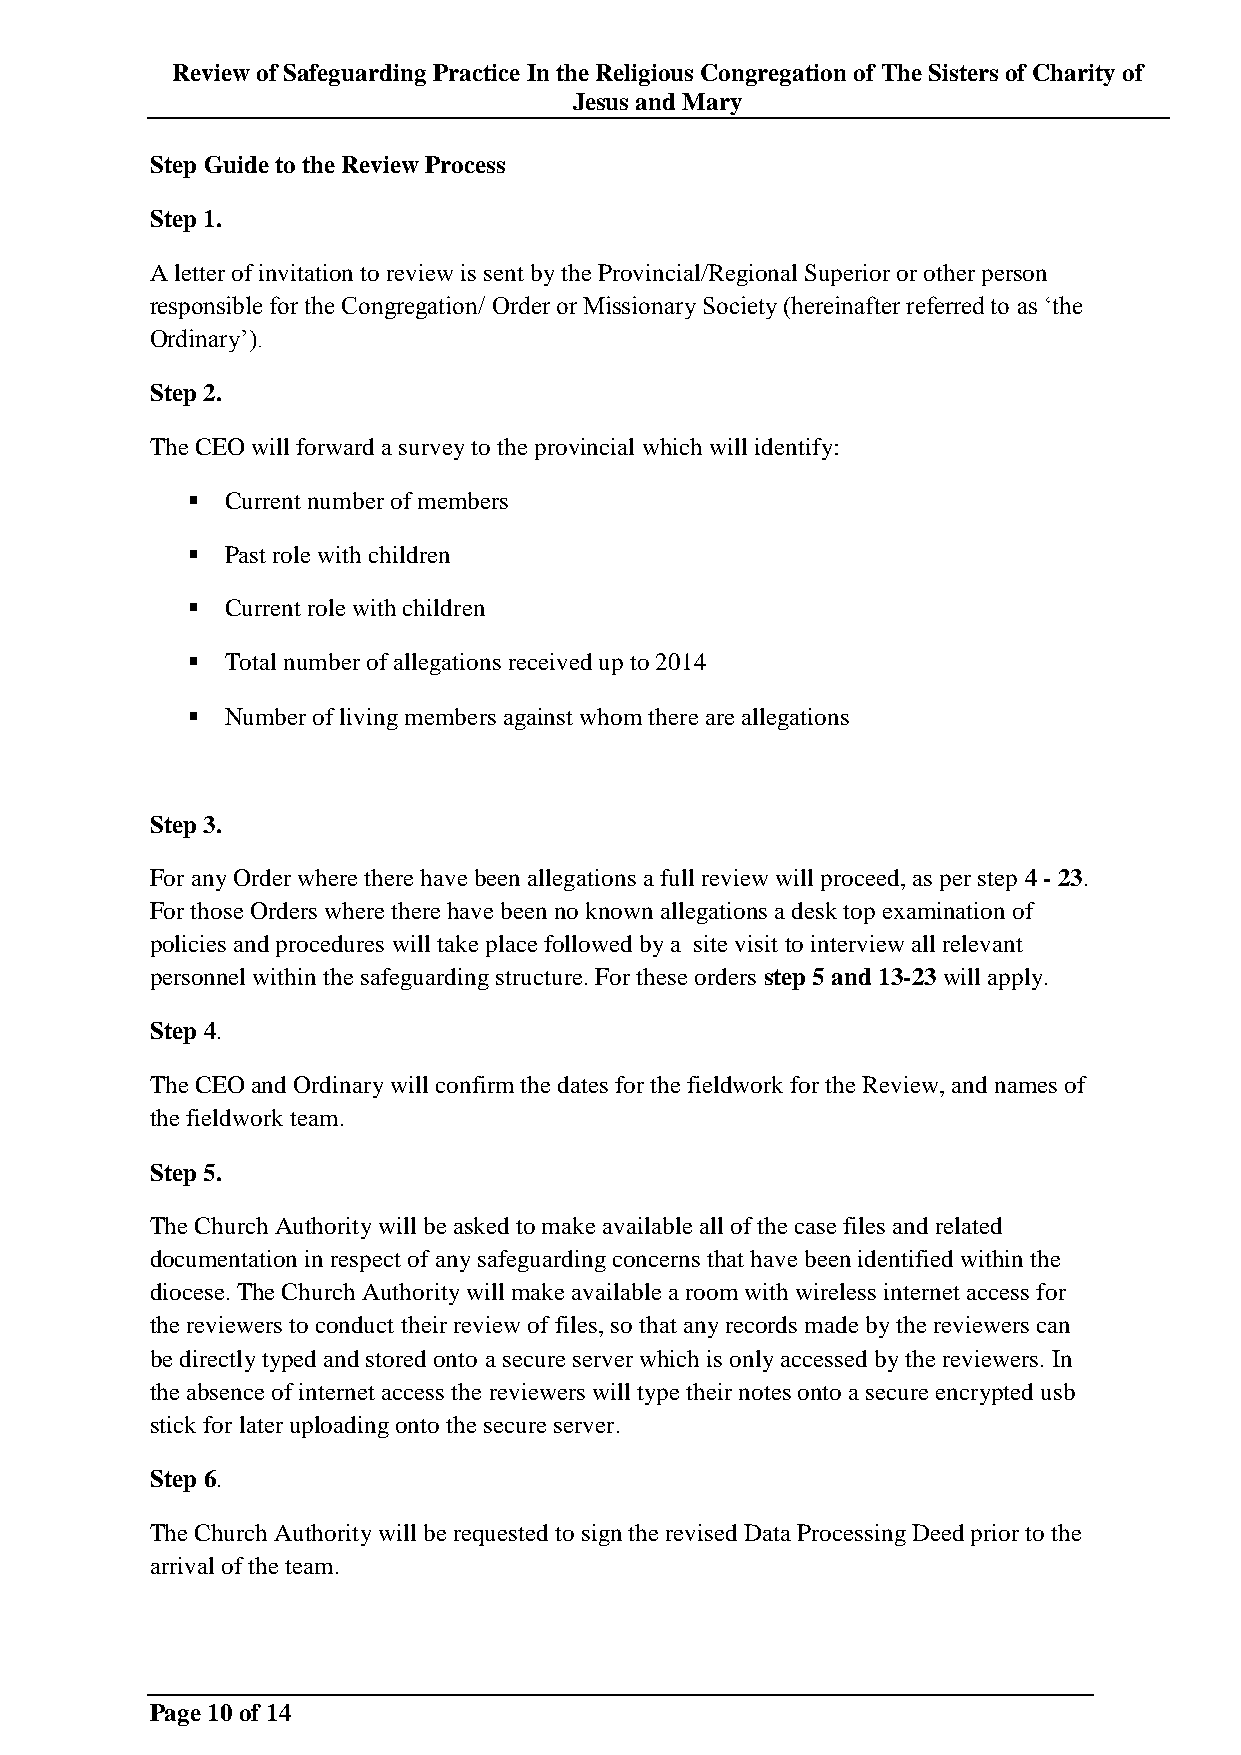
Review of Safeguarding Practice In the Religious Congregation of The Sisters of Charity of
 Jesus and Mary
 Step Guide to the Review Process
 Step 1.
 A letter of invitation to review is sent by the Provincial/Regional Superior or other person
 responsible for the Congregation/ Order or Missionary Society (hereinafter referred to as „the
 Ordinary‟).
 Step 2.
 The CEO will forward a survey to the provincial which will identify:
   Current number of members
   Past role with children
   Current role with children
   Total number of allegations received up to 2014
   Number of living members against whom there are allegations
 Step 3.
 For any Order where there have been allegations a full review will proceed, as per step 4 - 23.
 For those Orders where there have been no known allegations a desk top examination of
 policies and procedures will take place followed by a site visit to interview all relevant
 personnel within the safeguarding structure. For these orders step 5 and 13-23 will apply.
 Step 4.
 The CEO and Ordinary will confirm the dates for the fieldwork for the Review, and names of
 the fieldwork team.
 Step 5.
 The Church Authority will be asked to make available all of the case files and related
 documentation in respect of any safeguarding concerns that have been identified within the
 diocese. The Church Authority will make available a room with wireless internet access for
 the reviewers to conduct their review of files, so that any records made by the reviewers can
 be directly typed and stored onto a secure server which is only accessed by the reviewers. In
 the absence of internet access the reviewers will type their notes onto a secure encrypted usb
 stick for later uploading onto the secure server.
 Step 6.
 The Church Authority will be requested to sign the revised Data Processing Deed prior to the
 arrival of the team.
 Page 10 of 14